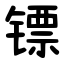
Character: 镖